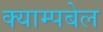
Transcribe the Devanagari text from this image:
क्याम्पबेल